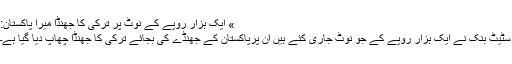
» ایک ہزار روپے کے نوٹ پر ترکی کا جھنڈا میرا پاکستان:
سٹیٹ بنک نے ایک ہزار روپے کے جو نوٹ جاری کئے ہیں ان پرپاکستان کے جھنڈے کی بجائے ترکی کا جھنڈا چھاپ دیا گیا ہے۔